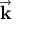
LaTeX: \vec { \mathbf { k } }